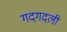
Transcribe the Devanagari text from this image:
गदगदली